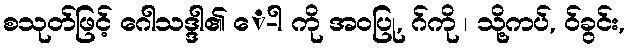
စသုတ်ဖြင့် ဂေါသဒ္ဒါ၏ ေ-ါ ကို အဝပြု, ဂ်ကို ၊ သို့ကပ်, ဝ်ခွင်း,